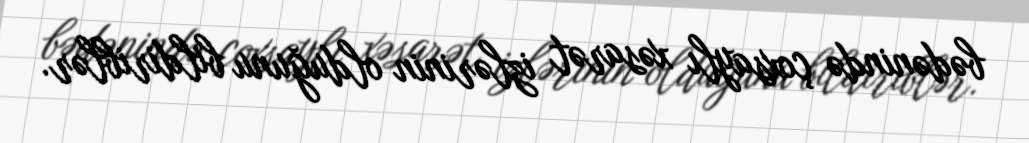
bədənində çoxsaylı xəsarət izlərinin olduğunu bildiriblər.